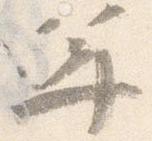
年